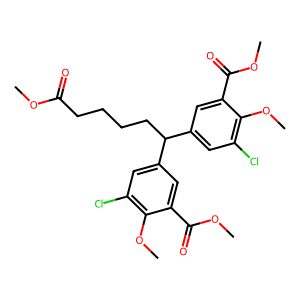
SMILES: COC(=O)CCCCC(c1cc(Cl)c(OC)c(C(=O)OC)c1)c1cc(Cl)c(OC)c(C(=O)OC)c1
Inhibits HIV replication: No